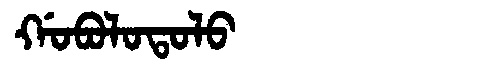
Manchu: ᡤᠣᠪᠣᠯᠣᡨᠣᠯᠣ
Romanization: GOBOLOTOLO